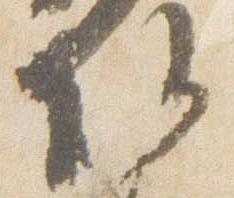
任